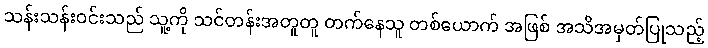
သန်းသန်းဝင်းသည် သူ့ကို သင်တန်းအတူတူ တက်နေသူ တစ်ယောက် အဖြစ် အသိအမှတ်ပြုသည့်